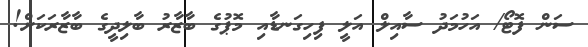
ސަން ފޮޓޯ/ އަހުމަދު ސާއިލް އަލީ ފިހިގަނޑާއި މޮޕުގެ ބާޒާރު ބާލިދީގެ ބާޒާރަކަށް!